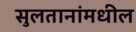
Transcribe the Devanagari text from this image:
सुलतानांमधील